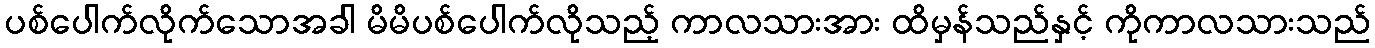
ပစ်ပေါက်လိုက်သောအခါ မိမိပစ်ပေါက်လိုသည့် ကာလသားအား ထိမှန်သည်နှင့် ကိုကာလသားသည်